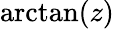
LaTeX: \arctan(z)